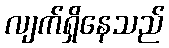
လျက်ရှိနေသည်